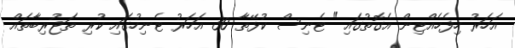
އަހަރު ހިފެހެއްޓިން އެގޮތުގައި" ޓެނިސް ކުޅޭތާ 30 އަހަރު ޓެނިހުގައި ކުރި ތަޖުރިބާތައް